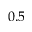
0 . 5